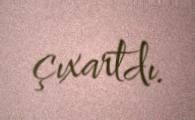
çıxartdı.